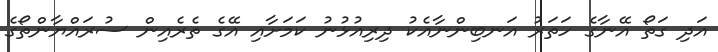
އަދި ގަތޯ އޭނާގެ ހަތަރު އަނބިންނާއެކު ދިރިއުޅުނު ކަމަށާއި އޭގެ ތެރެއިން ސުރައްޔާންތޯގެ